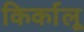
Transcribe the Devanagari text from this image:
किर्कालू